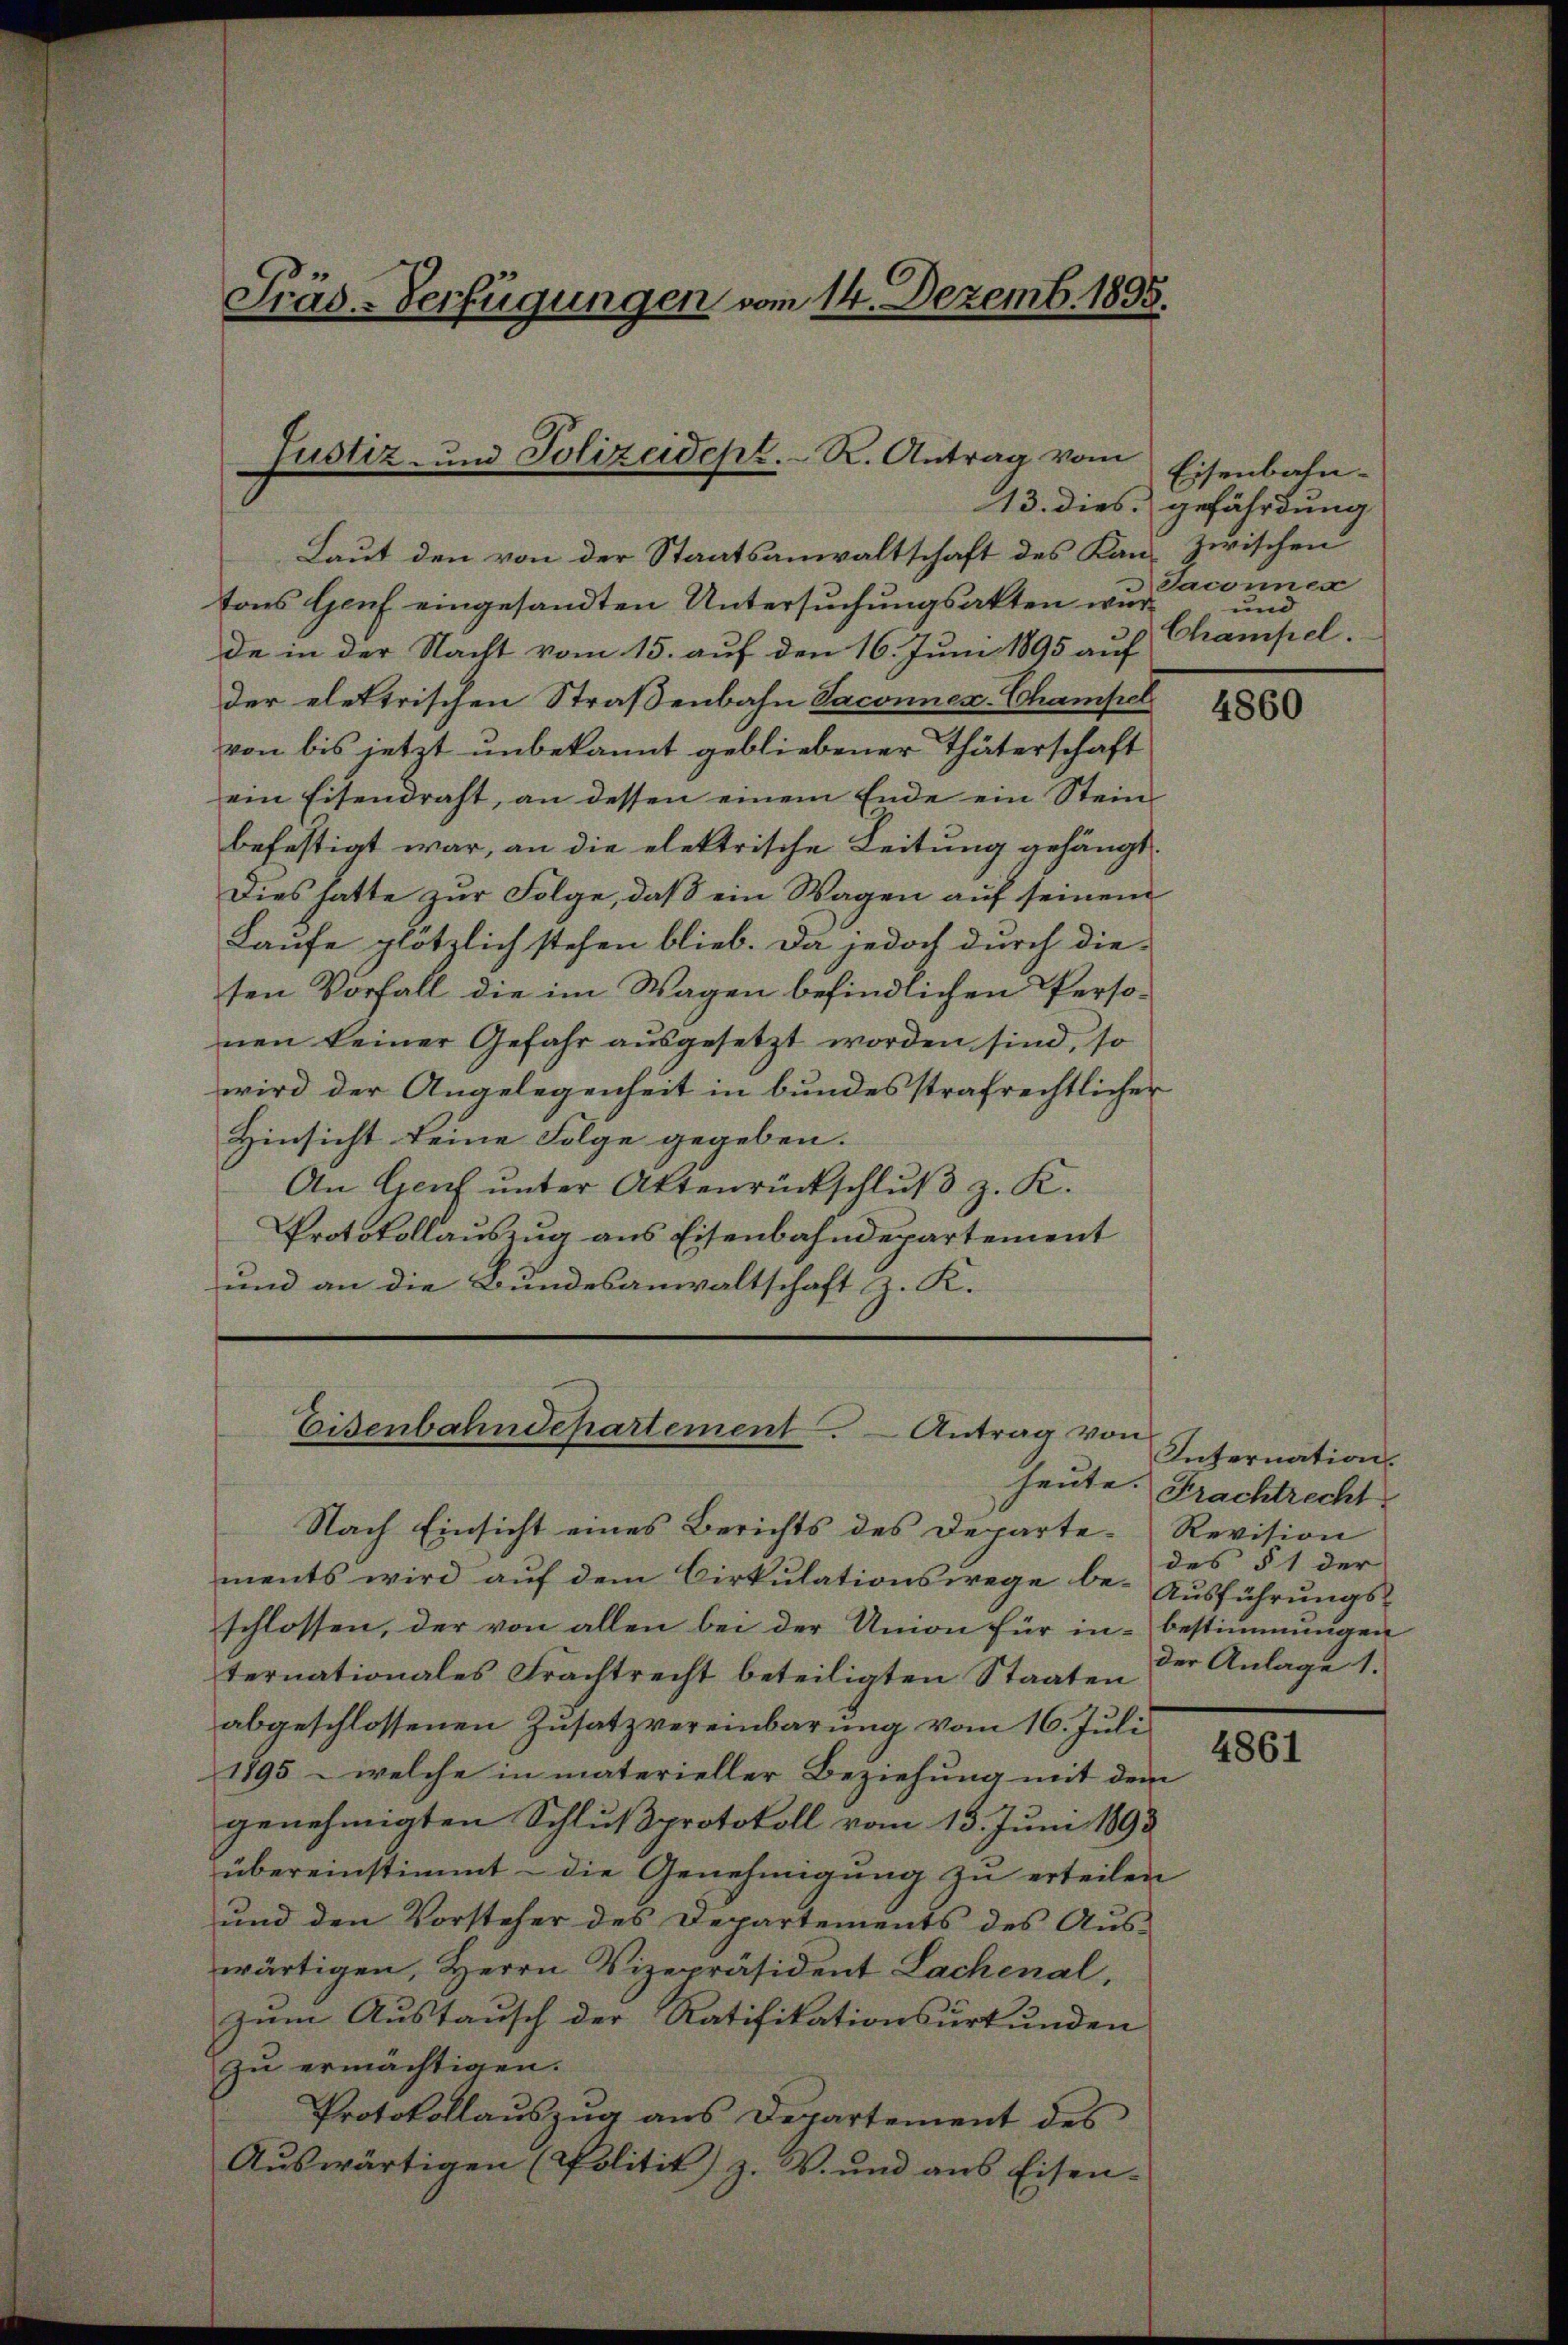
Präs-Verfügungen vom 14. Dezemb. 1895.

Laut den von der Staatsanwaltschaft des Kantons Genf eingesandten Untersuchungsakten wurde in der Nacht vom 15. auf den 16. Juni 1895 auf
der elektrischen Straßenbahn Vaconnes-Champel
von bis jetzt unbekannt gebliebener Thäterschaft
ein Eisendraht, an dessen einem Ende ein Stein
befestigt war, an die elektrische Leitung gehängt.
Dies hatte zur Folge, daß ein Wagen auf seinem
Laufe plötzlich stehen blieb. Da jedoch durch die-
ten Vorfall die im Wagen befindlichen Personen keiner Gefahr aŭsgesetzt worden sind, so
wird der Angelegenheit in bundesstrafrechtlicher
Hinsicht keine Folge gegeben.
An Genf unter Aktenrückschluß z. K.
Protokollauszug aus Eisenbahndepartement
und an die Bundesanwaltschaft z. K.

Justiz- und Polizeidept. R. Antrag vom

Eisenbahndepartement. Antrag von

Eisenbahn-
13. dies gefährdung
zwischen
Jaconnes
und
Champel.

Nach Einsicht eines Berichts des Departe-Revision
ments wird auf dem Cirkulationswege be- Ausführungsschlossen, der von allen bei der Union für in bestimmungen
ternationales Frachtrecht beteiligten Staaten
abgeschlossenen Zusatzvereinbarung vom 16. Juli
1895 - welche in materieller Beziehung mit dem
genehmigten Schlußprotokoll vom 15. Juni 1893
übereinstimmt – die Genehmigung zu erteilen
und den Vorsteher des Departements des Auswärtigen, Herrn Vizepräsident Lachenal,
zum Austausch der Ratifikationsurkunden
zu ermächtigen.
Protokollauszug aus Departement des
Aŭswärtigen (Politik) z. V. und aus Eisen-

heute. |

4860

Internation.
Frachtrecht
des § 1 der
der Anlage 1.

4861